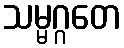
သမ္မဂ္ဂတေ